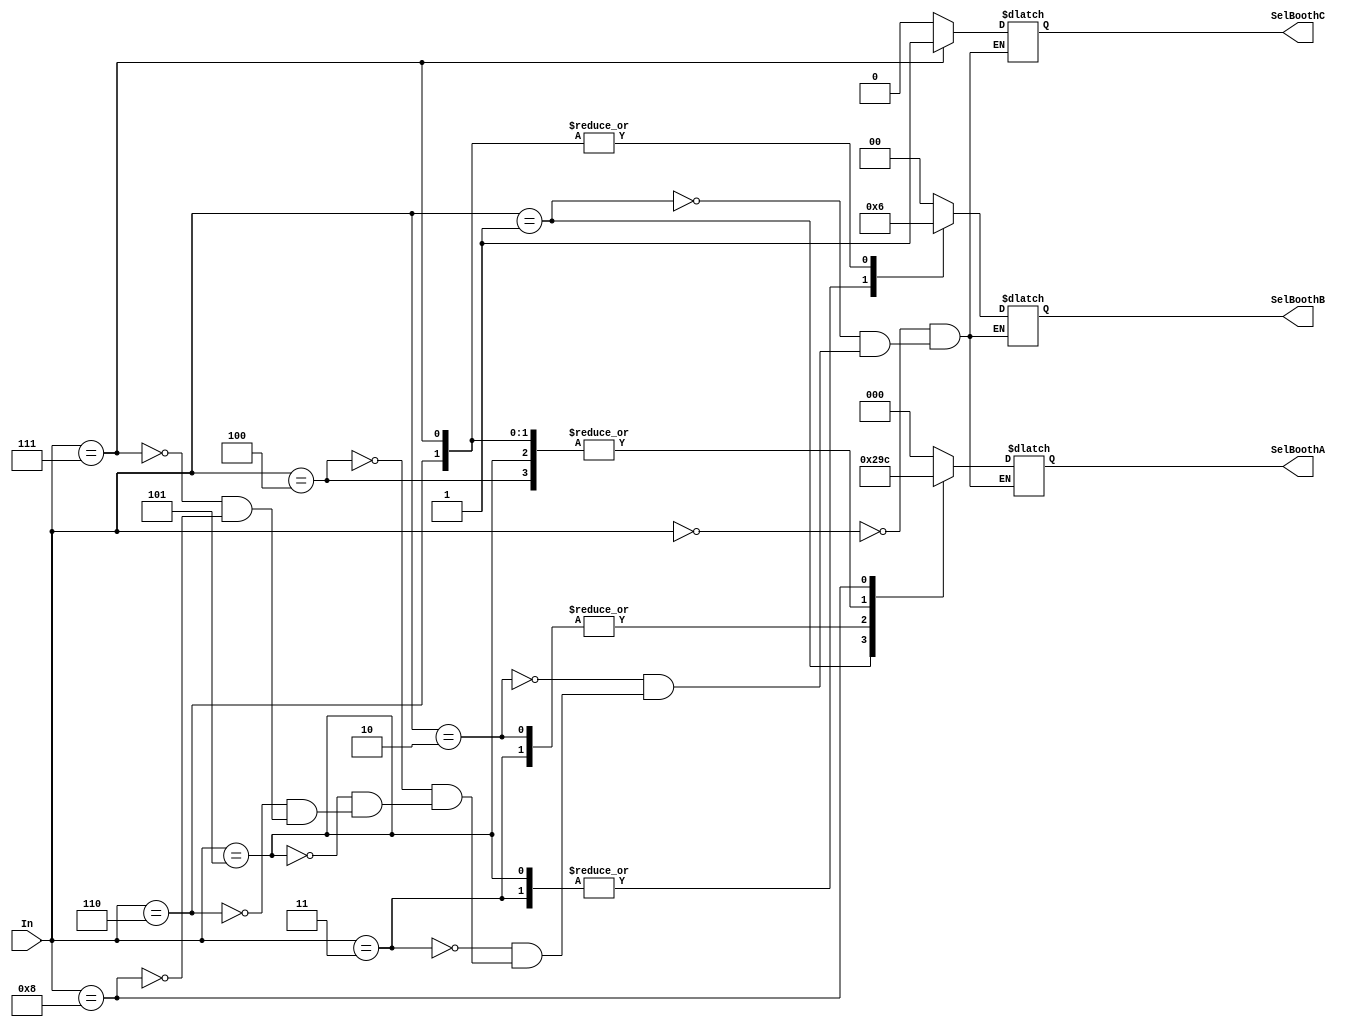
module BoothLookUpTable(In, SelBoothA, SelBoothB, SelBoothC);

input [3:0] In;
output reg [2:0] SelBoothA;
output reg [1:0] SelBoothB;
output reg SelBoothC;

always @(In) begin
	case(In)
		4'b0000 : begin	SelBoothA = 3'b000; SelBoothB = 2'b00; SelBoothC = 1'b0; end
		4'b0001 : begin	SelBoothA = 3'b001; SelBoothB = 2'b00; SelBoothC = 1'b0; end
		4'b0010 : begin	SelBoothA = 3'b010; SelBoothB = 2'b00; SelBoothC = 1'b0; end
		4'b0011 : begin	SelBoothA = 3'b010; SelBoothB = 2'b01; SelBoothC = 1'b0; end
		4'b0100 : begin SelBoothA = 3'b011; SelBoothB = 2'b00; SelBoothC = 1'b0; end
		4'b0101 : begin	SelBoothA = 3'b011; SelBoothB = 2'b01; SelBoothC = 1'b0; end
		4'b0110 : begin	SelBoothA = 3'b011; SelBoothB = 2'b10; SelBoothC = 1'b0; end
		4'b0111 : begin	SelBoothA = 3'b011; SelBoothB = 2'b10; SelBoothC = 1'b1; end
		4'b1000 : begin	SelBoothA = 3'b100; SelBoothB = 2'b00; SelBoothC = 1'b0; end
	endcase
end
endmodule